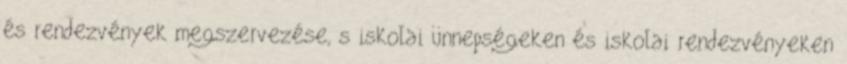
és rendezvények megszervezése, s iskolai ünnepségeken és iskolai rendezvényeken